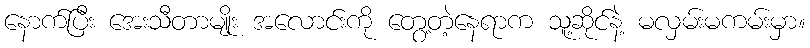
နောက်ပြီး အေးသီတာမျိုး အလောင်းကို တွေ့တဲ့နေရာက သူ့ဆိုင်နဲ့ မလှမ်းမကမ်းမှာ။